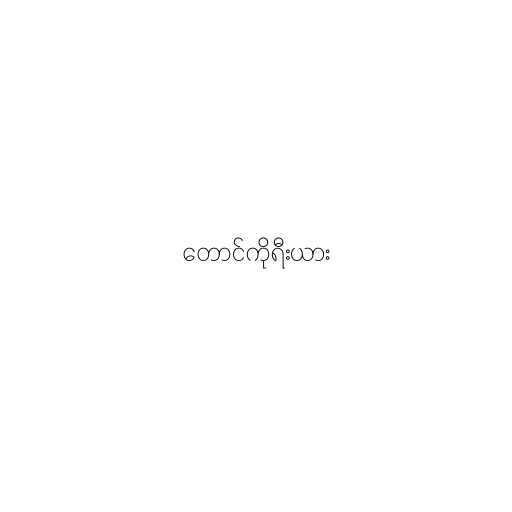
တောင်ကိုရီးယား